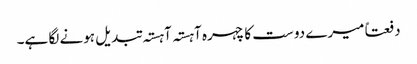
دفعتاً میرے دوست کا چہرہ آہستہ آہستہ تبدیل ہونے لگا ہے۔